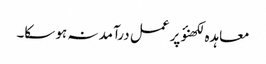
معاہدہ لکھنؤ پر عمل درآمد نہ ہو سکا۔